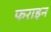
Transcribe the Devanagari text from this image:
फराइन